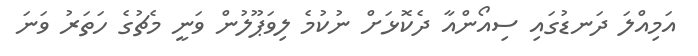
އަމިއްލަ ދަނޑުގައި ސިއޯންއާ ދެކޮޅަށް ނުކުމެ ލިވަޕޫލުން ވަނީ މެޗުގެ ހަތަރު ވަނަ